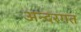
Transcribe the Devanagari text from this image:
अन्दरगत